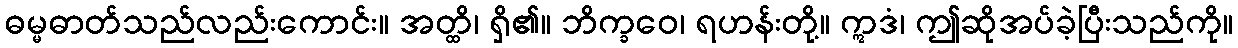
ဓမ္မဓာတ်သည်လည်းကောင်း။ အတ္ထိ၊ ရှိ၏။ ဘိက္ခဝေ၊ ရဟန်းတို့။ ဣဒံ၊ ဤဆိုအပ်ခဲ့ပြီးသည်ကို။